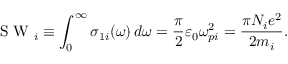
\mathrm { ~ S ~ W ~ } _ { i } \equiv \int _ { 0 } ^ { \infty } \sigma _ { 1 i } ( \omega ) \, d \omega = \frac { \pi } { 2 } \varepsilon _ { 0 } \omega _ { p i } ^ { 2 } = \frac { \pi N _ { i } e ^ { 2 } } { 2 m _ { i } } .